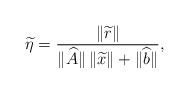
LaTeX: \begin{align*} \widetilde \eta = \frac{\Vert\widetilde r\Vert}{\Vert \widehat{A} \Vert\,\Vert \widetilde x\Vert + \Vert \widehat{b}\Vert},\end{align*}